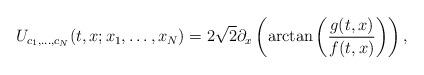
LaTeX: \begin{align*} U_{c_1,\dots,c_N}(t,x;x_1,\dots,x_N)=2\sqrt{2}\partial_x \left( \arctan \left( \frac{g(t,x)}{f(t,x)}\right)\right),\end{align*}